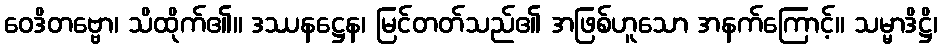
ဝေဒိတဗ္ဗော၊ သိထိုက်၏။ ဒဿနဋ္ဌေန၊ မြင်တတ်သည်၏ အဖြစ်ဟူသော အနက်ကြောင့်။ သမ္မာဒိဋ္ဌိ၊